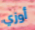
أوزي